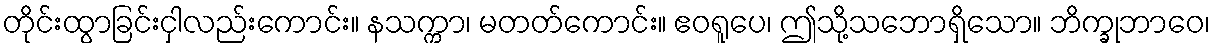
တိုင်းထွာခြင်းငှါလည်းကောင်း။ နသက္ကာ၊ မတတ်ကောင်း။ ဧဝရူပေ၊ ဤသို့သဘောရှိသော။ ဘိက္ခုဘာဝေ၊